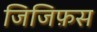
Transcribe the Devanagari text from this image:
जिजिफ़स